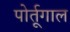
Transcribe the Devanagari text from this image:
पोर्तूगाल